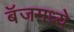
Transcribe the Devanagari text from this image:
बॅजमध्ये